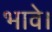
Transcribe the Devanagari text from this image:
भावे।